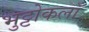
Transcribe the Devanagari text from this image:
भुट्टोकलाँ